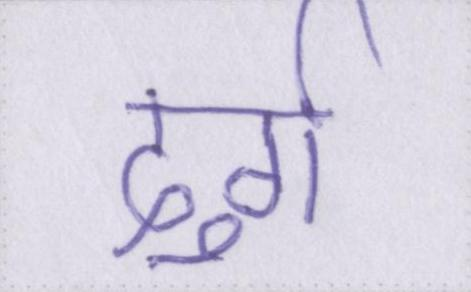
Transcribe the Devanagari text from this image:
दुर्ग